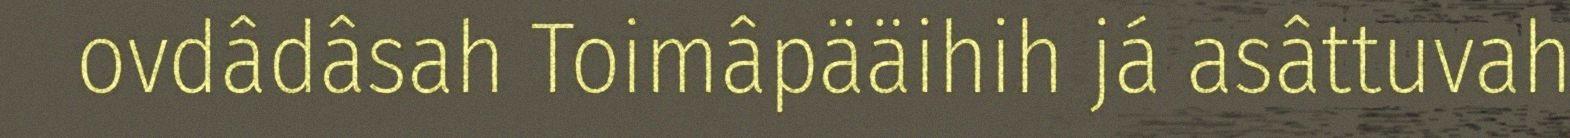
ovdâdâsah Toimâpääihih já asâttuvah